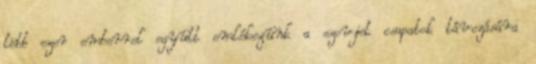
több ezer emberrel együtt emlékezünk a szovjet csapatok távozására